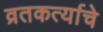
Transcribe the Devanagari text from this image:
व्रतकर्त्याचे